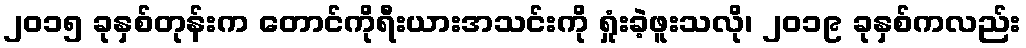
၂၀၁၅ ခုနှစ်တုန်းက တောင်ကိုရီးယားအသင်းကို ရှုံးခဲ့ဖူးသလို၊ ၂၀၁၉ ခုနှစ်ကလည်း